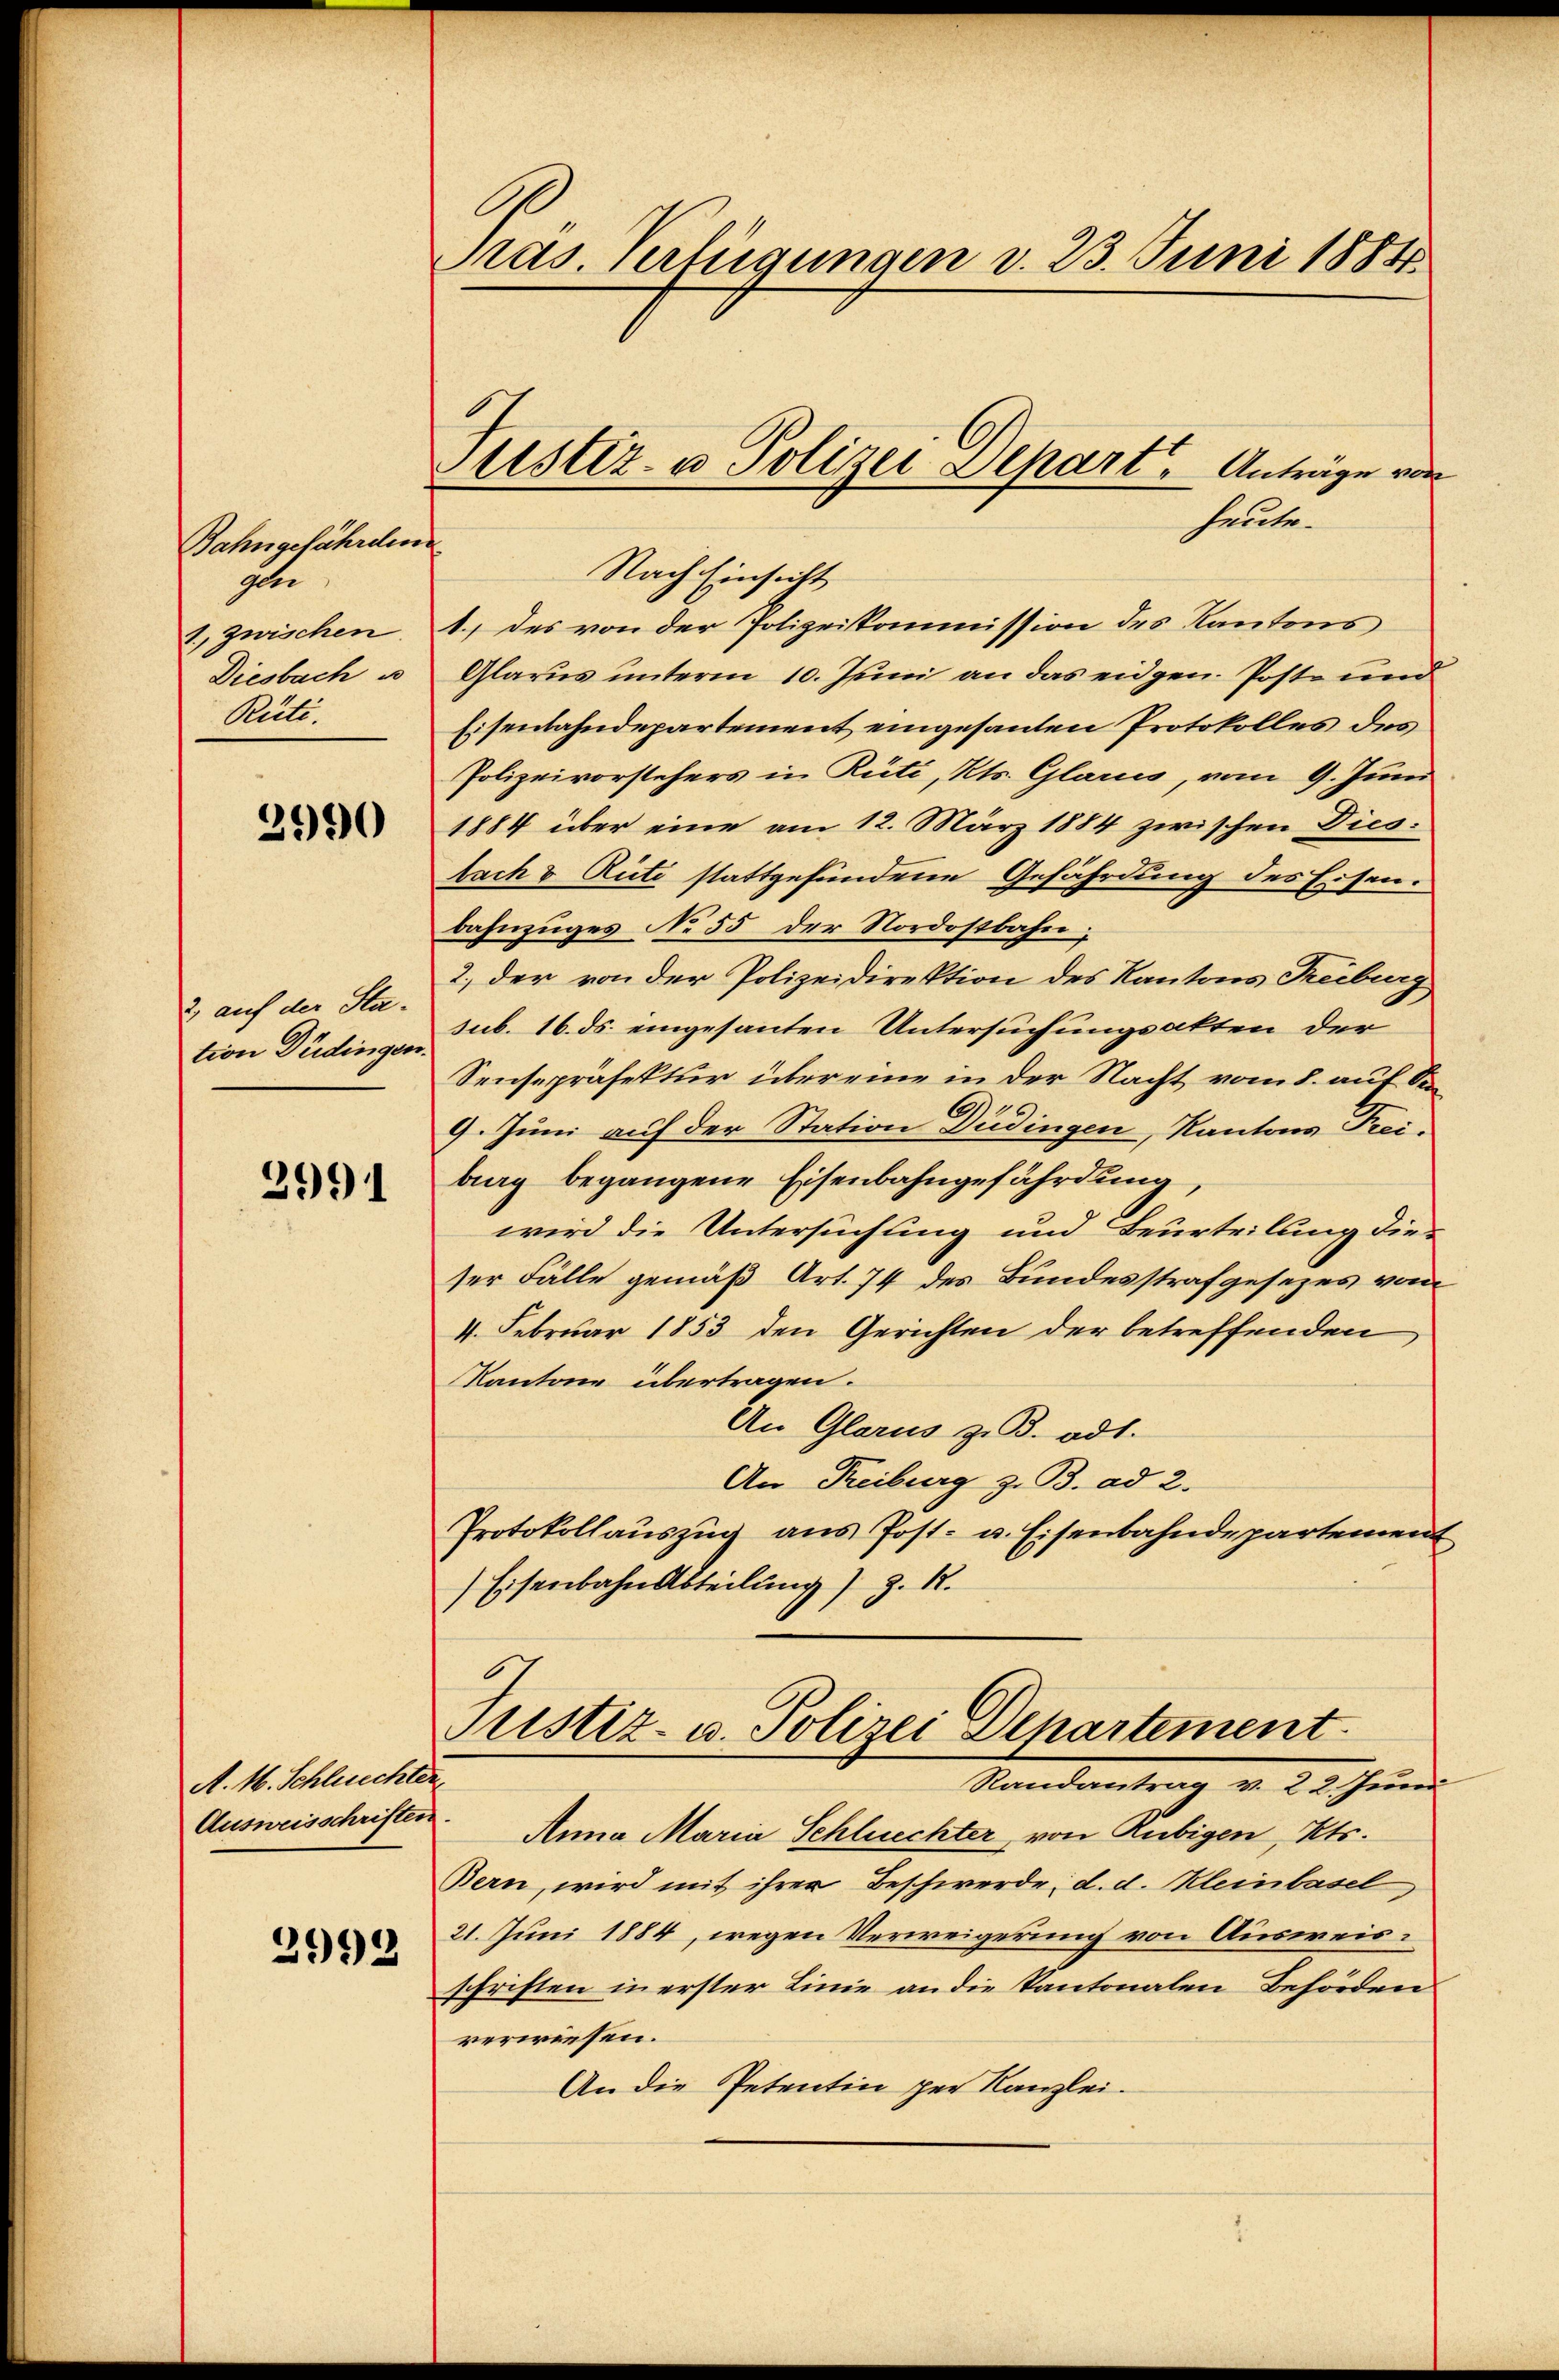
Bahngeführeten
glei
1. zwischen.
Diesbach e
Rüti

2990

2) auf der Station Düdingen

2991

A. M. Schluchter,
Ausweisschriften.

2993

Pras. Verfügungen v. 23. Juni 1884.

Nach Einsicht
1.) des von der Polizeikommission des Kantons
Glarus unterm 10. Juni an das eidgen. Poste und
Eisenbahndepartement eingesanten Protokolles des
Polizeivorstehers in Rüti, Kts. Glarus, vom 9. Juni
1884 über eine am 12. März 1884 zwischen Dies
bach & Rüti stattgefundene Gefährdung des Eisen.
Bahnzuges No 55 der Nordostbahn;
2.) der von der Polizeidirektion des Kantons Treiburg
sub. 16. ds. eingesanten Untersuchungsakten der
Sensepräsektur über eine in der Nacht vom 8. auf Se
9. Juni auf der Station Düdingen, Kantons Freiburg begangene Eisenbahngefährdung,
wird die Untersuchung und Beurteilung die
ser Fälle gemäß Art. 74 des Bundesstrafgesezes vom
4. Februar 1853 den Gerichten der betreffenden
Kantone übertragen.
An Glarus z. B. ad1.
An Freiburg z. B. ad 2.
Protokollauszug aus Post- u. Eisenbahndepartemen
Eisenbahn Abteilung) z. R.
Fristiz- u. Polizei Departement
Randantrag v. 22. Juni
Anna Maria Schluechter von Rubigen, Kts.
Bern, wird mit ihren Beschwerde; d. d. Kleinbasel
21. Juni 1884, wegen Verweigerung von Ausweisschriften in erster Linie an die Kantonalen Behörden
verwiesen.
An die Petentin per Kanzlei.

Justiz- u Polizei Depart, Anträge vor

heute.